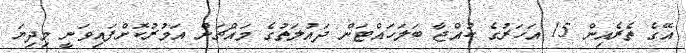
އޭގެ ތެރެއިން 15 އަހަރުގެ ކުއްޖާ ބަލަހައްޓަން ދައުލަތުގެ މައްޗަށް އަމުރުކޮށްފައިވަނީ މިދިޔަ